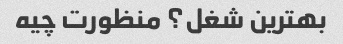
بهترین شغل؟ منظورت چیه